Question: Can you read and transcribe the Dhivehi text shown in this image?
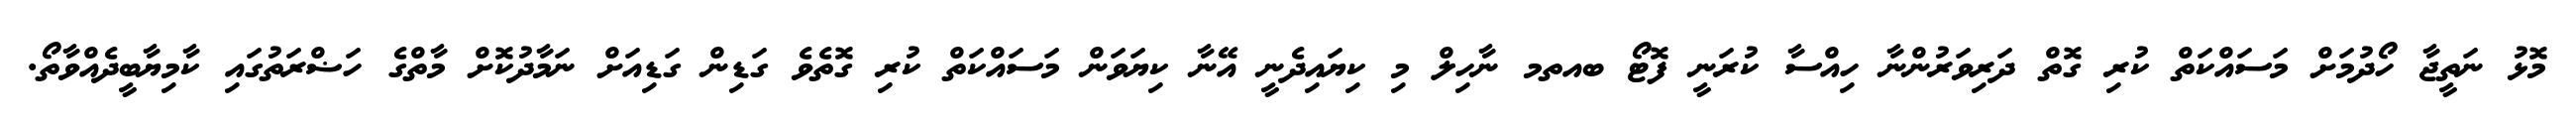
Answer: މޮޅު ނަތީޖާ ހޯދުމަށް މަސައްކަތް ކުރި ގޮތް ދަރިވަރުންނާ ހިއްސާ ކުރަނީ ފޮޓޯ ބއތމ ނާހިލް މި ކިޔައިދެނީ އޭނާ ކިޔަވަން މަސައްކަތް ކުރި ގޮތެވެ ގަޑިން ގަޑިއަށް ނަމާދުކޮށް މާތްގެ ހަޟްރަތުގައި ކާމިޔާބީދެއްވާތޯ.